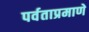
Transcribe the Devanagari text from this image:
पर्वताप्रमाणे